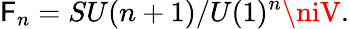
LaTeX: \mathsf{F}_{n}=SU(n+1)/U(1)^{n}\niV.